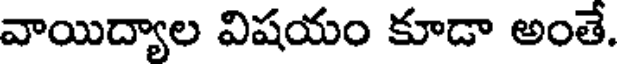
వాయిద్యాల విషయం కూడా అంతే.